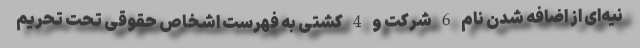
نیه‌ای از اضافه شدن نام 6 شرکت و 4 کشتی به فهرست اشخاص حقوقی تحت تحریم